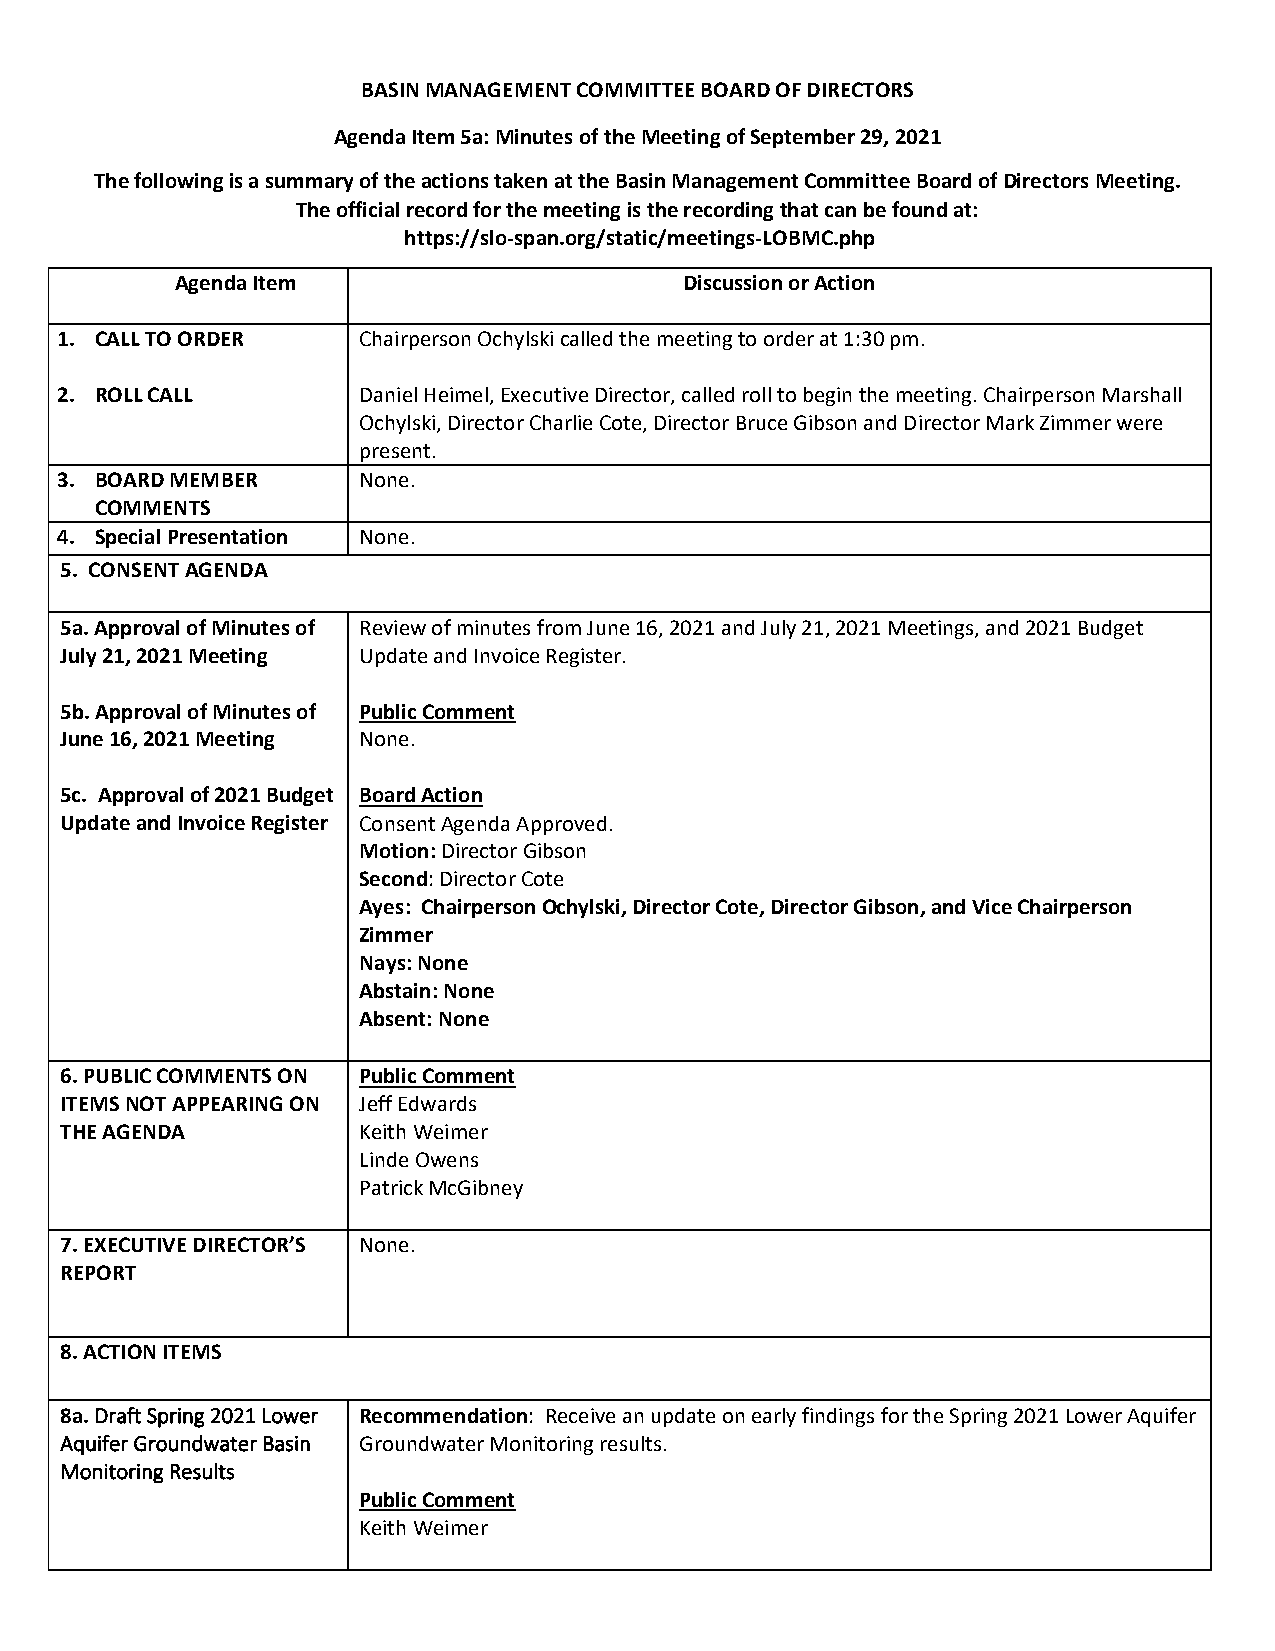
BASIN MANAGEMENT COMMITTEE BOARD OF DIRECTORS
 Agenda Item 5a: Minutes of the Meeting of September 29, 2021
 The following is a summary of the actions taken at the Basin Management Committee Board of Directors Meeting.
 The official record for the meeting is the recording that can be found at:
 https://slo‐span.org/static/meetings‐LOBMC.php
 Agenda Item                      Discussion or Action
 1. CALL TO ORDER    Chairperson Ochylski called the meeting to order at 1:30 pm.
 2. ROLL CALL        Daniel Heimel, Executive Director, called roll to begin the meeting. Chairperson Marshall
 Ochylski, Director Charlie Cote, Director Bruce Gibson and Director Mark Zimmer were
 present.
 3. BOARD MEMBER     None.
 COMMENTS
 4. Special Presentation None.
 5. CONSENT AGENDA
 5a. Approval of Minutes of Review of minutes from June 16, 2021 and July 21, 2021 Meetings, and 2021 Budget
 July 21, 2021 Meeting Update and Invoice Register.
 5b. Approval of Minutes of Public Comment
 June 16, 2021 Meeting None.
 5c. Approval of 2021 Budget Board Action
 Update and Invoice Register Consent Agenda Approved.
 Motion: Director Gibson
 Second: Director Cote
 Ayes: Chairperson Ochylski, Director Cote, Director Gibson, and Vice Chairperson
 Zimmer
 Nays: None
 Abstain: None
 Absent: None
 6. PUBLIC COMMENTS ON Public Comment
 ITEMS NOT APPEARING ON Jeff Edwards
 THE AGENDA          Keith Weimer
 Linde Owens
 Patrick McGibney
 7. EXECUTIVE DIRECTOR’S None.
 REPORT
 8. ACTION ITEMS
 8a. Draft Spring 2021 Lower Recommendation: Receive an update on early findings for the Spring 2021 Lower Aquifer
 Aquifer Groundwater Basin Groundwater Monitoring results.
 Monitoring Results
 Public Comment
 Keith Weimer